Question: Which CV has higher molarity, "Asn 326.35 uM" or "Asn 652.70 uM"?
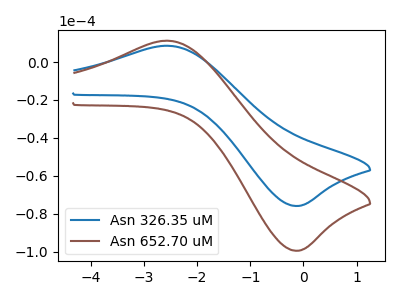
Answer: <think>The blue curve "Asn 326.35 uM" has an anodic peak at (-2.55V, 8.55uA) and a cathodic peak at (-0.15V, -75.90uA). The brown curve "Asn 652.70 uM" has an anodic peak at (-2.55V, 11.25uA) and a cathodic peak at (-0.15V, -99.50uA).
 All the peaks in "Asn 326.35 uM" have a peak in "Asn 652.70 uM" at the same potential. Every peak in "Asn 326.35 uM" is lower than every peak in "Asn 652.70 uM".</think>
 <answer>"Asn 326.35 uM" has less signal than "Asn 652.70 uM" and so likely has a lower concentration.</answer>
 <eval>less_concentration</eval>